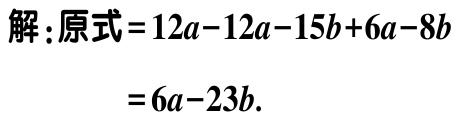
解：原式\(=12a - 12a - 15b + 6a - 8b\)

\(=6a - 23b\).